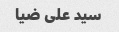
سید علی ضیا